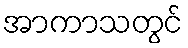
အာကာသတွင်